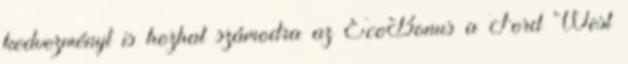
kedvezményt is hozhat számodra az EcoBonus a Ford West